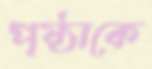
পৃষ্ঠাকে